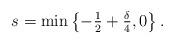
LaTeX: \begin{align*}s =\min\left\{\textstyle -\frac12+\frac{\delta}{4},0\right\}.\end{align*}